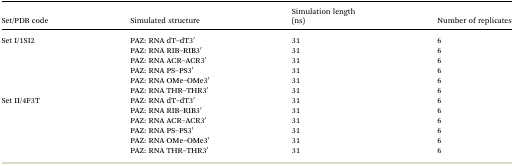
<table><thead><tr><td><b>Set/PDB code</b></td><td><b>Simulated structure</b></td><td><b>Simulation length (ns)</b></td><td><b>Number of replicates</b></td></tr></thead><tbody><tr><td rowspan="6">Set I/1SI2</td><td>PAZ: RNA dT–dT3′</td><td>31</td><td>6</td></tr><tr><td>PAZ: RNA RIB–RIB3′</td><td>31</td><td>6</td></tr><tr><td>PAZ: RNA ACR–ACR3′</td><td>31</td><td>6</td></tr><tr><td>PAZ: RNA PS–PS3′</td><td>31</td><td>6</td></tr><tr><td>PAZ: RNA OMe–OMe3′</td><td>31</td><td>6</td></tr><tr><td>PAZ: RNA THR–THR3′</td><td>31</td><td>6</td></tr><tr><td rowspan="6">Set II/4F3T</td><td>PAZ: RNA dT–dT3′</td><td>31</td><td>6</td></tr><tr><td>PAZ: RNA RIB–RIB3′</td><td>31</td><td>6</td></tr><tr><td>PAZ: RNA ACR–ACR3′</td><td>31</td><td>6</td></tr><tr><td>PAZ: RNA PS–PS3′</td><td>31</td><td>6</td></tr><tr><td>PAZ: RNA OMe–OMe3′</td><td>31</td><td>6</td></tr><tr><td>PAZ: RNA THR–THR3′</td><td>31</td><td>6</td></tr></tbody></table>